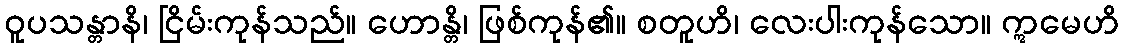
ဝူပသန္တာနိ၊ ငြိမ်းကုန်သည်။ ဟောန္တိ၊ ဖြစ်ကုန်၏။ စတူဟိ၊ လေးပါးကုန်သော။ ဣမေဟိ